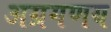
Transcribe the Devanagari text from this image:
अग्रगणय